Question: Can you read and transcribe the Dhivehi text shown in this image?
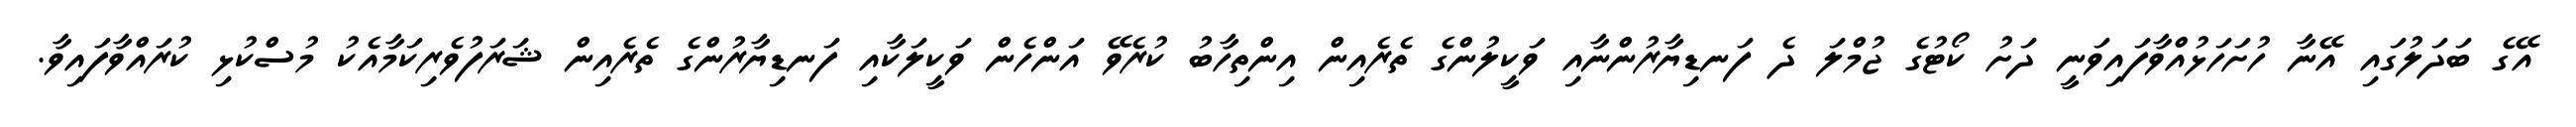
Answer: އޭގެ ބަދަލުގައި އޭނާ ހުށަހަޅުއްވާފައިވަނީ ދަށު ކޯޓުގެ ޖުމްލަ ދެ ފަނޑިޔާރުންނާއި ވަކީލުންގެ ތެރެއިން އިންތިހާބު ކުރެވޭ އަންހެން ވަކީލަކާއި ފަނޑިޔާރުންގެ ތެރެއިން ޝަރަފުވެރިކަމާއެކު މުސްކުޅި ކުރައްވާފައިވާ.